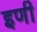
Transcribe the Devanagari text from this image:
इणी